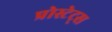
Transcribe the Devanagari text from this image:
प्रोस्टेट्स